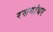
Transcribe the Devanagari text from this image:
रसगांधर